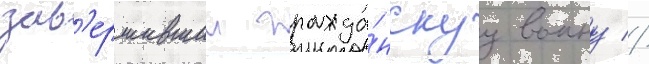
зав'ершившии гражда́нскуу воину //